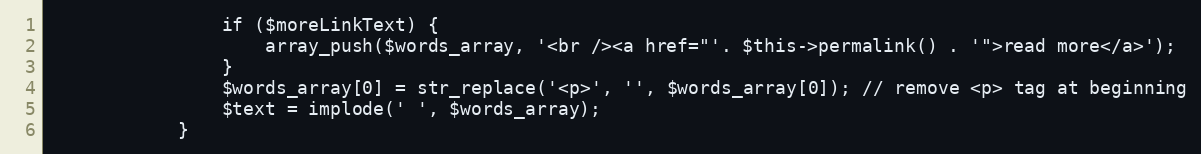
Language: PHP
                if ($moreLinkText) {
                    array_push($words_array, '<br /><a href="'. $this->permalink() . '">read more</a>');
                }
                $words_array[0] = str_replace('<p>', '', $words_array[0]); // remove <p> tag at beginning
                $text = implode(' ', $words_array);
            }